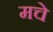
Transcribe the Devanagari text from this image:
मचे